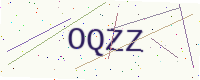
Text: OQZZ